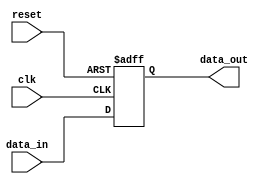
module async_reset_behavioral (
    input wire clk,          // Clock signal
    input wire reset,        // Asynchronous reset signal
    input wire [7:0] data_in, // Example data input
    output reg [7:0] data_out // Example data output
);

// Initial state for data_out
initial begin
    data_out = 8'b0; // Initialize output to zero
end

// Always block for asynchronous reset and clock edge sensitivity
always @(posedge clk or posedge reset) begin
    if (reset) begin
        // Asynchronous reset condition
        data_out <= 8'b0; // Reset output to zero
    end else begin
        // Normal operation on clock edge
        data_out <= data_in; // Update output with input data
    end
end

endmodule